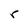
Character: r